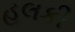
હલકી